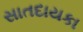
સાતદાયકા